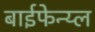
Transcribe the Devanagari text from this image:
बाईफेन्य्ल